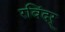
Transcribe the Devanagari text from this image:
रविंदर्